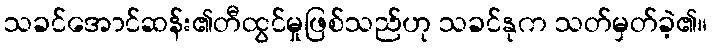
သခင်အောင်ဆန်း၏တီထွင်မှုဖြစ်သည်ဟု သခင်နုက သတ်မှတ်ခဲ့၏။